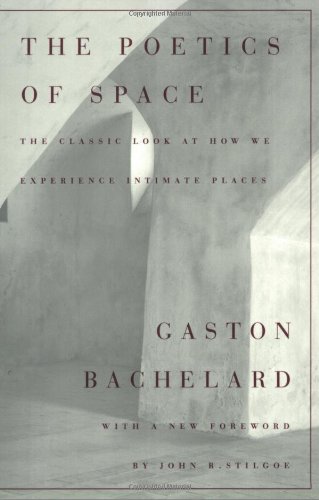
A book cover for The Poetics of Space; Gaston Bachelard; Politics & Social Sciences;